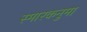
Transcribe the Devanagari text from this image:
स्मारकनुमा